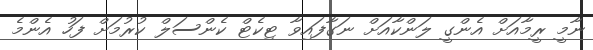
ނާމީ ރީމާއަށް އެންގީ ލަންކާއަށް ނަގާފައިވާ ޓިކެޓް ކެންސަލް ކުރުމަށް ފަހު އެންމެ